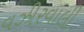
વઝીરવાલી